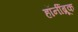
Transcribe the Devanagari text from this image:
हॉर्नीब्रूक